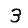
Digit: 3